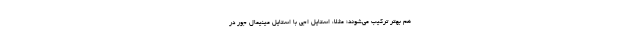
هم بهتر ترکیب می‌شوند؛ مثلا، استایل اِجی با استایل مینیمال جور در